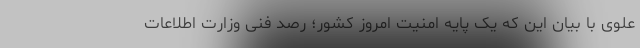
علوی با بیان این که یک پایه امنیت امروز کشور؛ رصد فنی وزارت اطلاعات